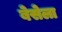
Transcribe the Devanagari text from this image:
बेसेला